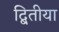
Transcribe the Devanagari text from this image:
द्बितीया